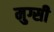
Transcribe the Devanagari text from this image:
मुग्सी